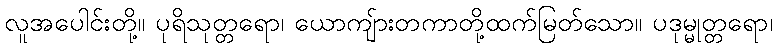
လူအပေါင်းတို့။ ပုရိသုတ္တရော၊ ယောကျ်ားတကာတို့ထက်မြတ်သော။ ပဒုမ္မုတ္တရော၊